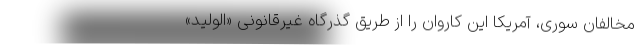
مخالفان سوری، آمریکا این کاروان را از طریق گذرگاه غیرقانونی «الولید»